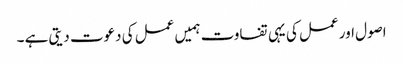
اصول اور عمل کی یہی تفاوت ہمیں عمل کی دعوت دیتی ہے ۔